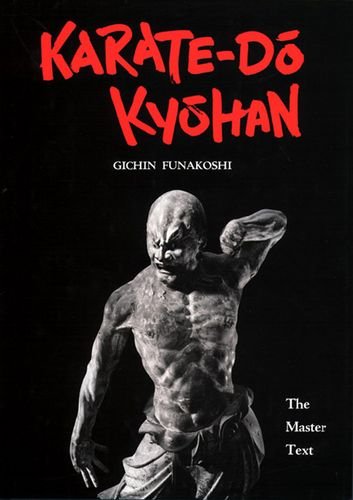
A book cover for Karate-Do Kyohan: The Master Text; Gichin Funakoshi; Sports & Outdoors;